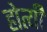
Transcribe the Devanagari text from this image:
होत्यी